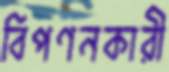
বিপণনকারী